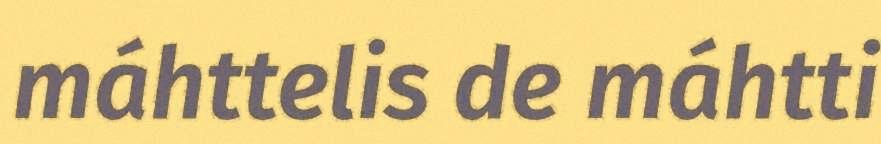
máhttelis de máhtti